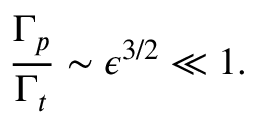
\frac { \Gamma _ { p } } { \Gamma _ { t } } \sim \epsilon ^ { 3 / 2 } \ll 1 .